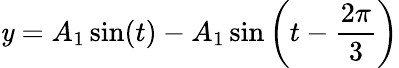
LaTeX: \mathit{y}=A_{1}\sin(t)-A_{1}\sin\left(t-{\frac{{2\pi}}{{3}}}\right)